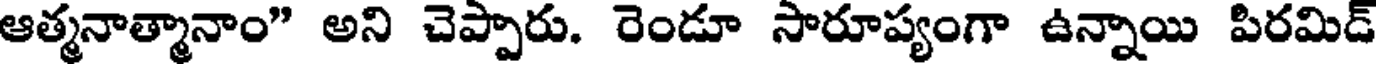
ఆత్మనాత్మానాం" అని చెప్పారు. రెండూ సారూప్యంగా ఉన్నాయి పిరమిడ్